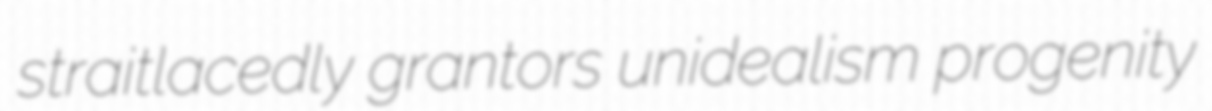
straitlacedly grantors unidealism progenity